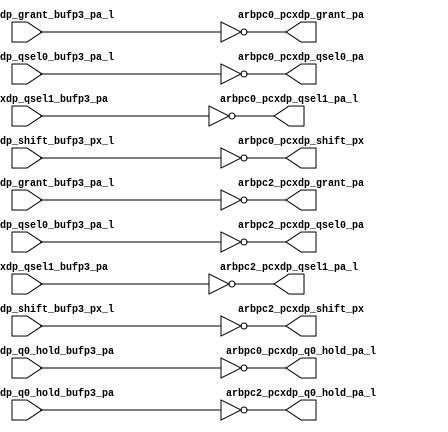
module pcx_buf_p4_even(
   arbpc0_pcxdp_grant_pa, arbpc0_pcxdp_q0_hold_pa_l, 
   arbpc0_pcxdp_qsel0_pa, arbpc0_pcxdp_qsel1_pa_l, 
   arbpc0_pcxdp_shift_px, arbpc2_pcxdp_grant_pa, 
   arbpc2_pcxdp_q0_hold_pa_l, arbpc2_pcxdp_qsel0_pa, 
   arbpc2_pcxdp_qsel1_pa_l, arbpc2_pcxdp_shift_px, 
   arbpc0_pcxdp_grant_bufp3_pa_l, arbpc0_pcxdp_q0_hold_bufp3_pa, 
   arbpc0_pcxdp_qsel0_bufp3_pa_l, arbpc0_pcxdp_qsel1_bufp3_pa, 
   arbpc0_pcxdp_shift_bufp3_px_l, arbpc2_pcxdp_grant_bufp3_pa_l, 
   arbpc2_pcxdp_q0_hold_bufp3_pa, arbpc2_pcxdp_qsel0_bufp3_pa_l, 
   arbpc2_pcxdp_qsel1_bufp3_pa, arbpc2_pcxdp_shift_bufp3_px_l
   );
   output 		arbpc0_pcxdp_grant_pa;	
   output 		arbpc0_pcxdp_q0_hold_pa_l;
   output 		arbpc0_pcxdp_qsel0_pa;	
   output 		arbpc0_pcxdp_qsel1_pa_l;	
   output 		arbpc0_pcxdp_shift_px;	
   output 		arbpc2_pcxdp_grant_pa;	
   output 		arbpc2_pcxdp_q0_hold_pa_l;
   output 		arbpc2_pcxdp_qsel0_pa;	
   output 		arbpc2_pcxdp_qsel1_pa_l;	
   output 		arbpc2_pcxdp_shift_px;	
   input		arbpc0_pcxdp_grant_bufp3_pa_l;	
   input		arbpc0_pcxdp_q0_hold_bufp3_pa;
   input		arbpc0_pcxdp_qsel0_bufp3_pa_l;	
   input		arbpc0_pcxdp_qsel1_bufp3_pa;	
   input		arbpc0_pcxdp_shift_bufp3_px_l;	
   input		arbpc2_pcxdp_grant_bufp3_pa_l;	
   input		arbpc2_pcxdp_q0_hold_bufp3_pa;
   input		arbpc2_pcxdp_qsel0_bufp3_pa_l;	
   input		arbpc2_pcxdp_qsel1_bufp3_pa;	
   input		arbpc2_pcxdp_shift_bufp3_px_l;	
   assign		arbpc0_pcxdp_grant_pa		   =    ~arbpc0_pcxdp_grant_bufp3_pa_l;      	
   assign		arbpc0_pcxdp_q0_hold_pa_l	   =    ~arbpc0_pcxdp_q0_hold_bufp3_pa;
   assign		arbpc0_pcxdp_qsel0_pa		   =    ~arbpc0_pcxdp_qsel0_bufp3_pa_l;
   assign		arbpc0_pcxdp_qsel1_pa_l		   =    ~arbpc0_pcxdp_qsel1_bufp3_pa;
   assign		arbpc0_pcxdp_shift_px		   =    ~arbpc0_pcxdp_shift_bufp3_px_l;
   assign		arbpc2_pcxdp_grant_pa		   =    ~arbpc2_pcxdp_grant_bufp3_pa_l;      	
   assign		arbpc2_pcxdp_q0_hold_pa_l	   =    ~arbpc2_pcxdp_q0_hold_bufp3_pa;
   assign		arbpc2_pcxdp_qsel0_pa		   =    ~arbpc2_pcxdp_qsel0_bufp3_pa_l;
   assign		arbpc2_pcxdp_qsel1_pa_l		   =    ~arbpc2_pcxdp_qsel1_bufp3_pa;
   assign		arbpc2_pcxdp_shift_px		   =    ~arbpc2_pcxdp_shift_bufp3_px_l;
endmodule